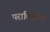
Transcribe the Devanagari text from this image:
पराविज्ञान